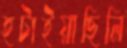
হটাইয়াছিলি